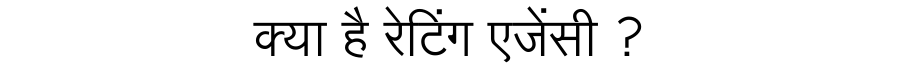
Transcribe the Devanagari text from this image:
क्या है रेटिंग एजेंसी ?